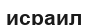
исраил